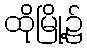
ထိုမြို့၌